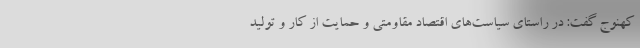
کهنوج گفت: در راستای سیاست‌های اقتصاد مقاومتی و حمایت از کار و تولید